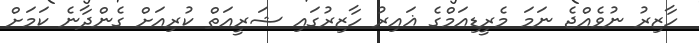
ހާޒިރު ނުވެއްޖެ ނަމަ މެރީޑިއަމްގެ ޣައިރު ހާޒިރުގައި ޝަރީއަތް ކުރިއަށް ގެންދާނެ ކަމަށް